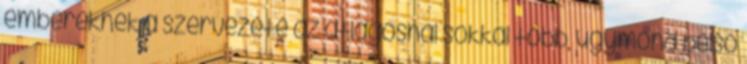
embereknek a szervezete az átlagosnál sokkal több, úgymond belső